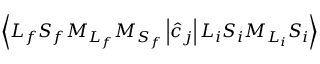
\ensuremath { \left\langle { L } _ { f } { S } _ { f } { M } _ { { L } _ { f } } { M } _ { { S } _ { f } } \left\lvert { \hat { c } } _ { j } \right\rvert { L } _ { i } { S } _ { i } { M } _ { { L } _ { i } } { S } _ { i } \right\rangle }